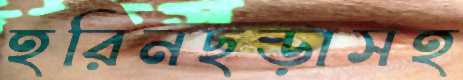
হরিনছড়াসহ